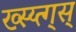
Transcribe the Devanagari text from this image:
ख्स्य्त्ग्स्